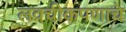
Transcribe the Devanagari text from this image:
लवचीकपणाचे